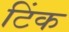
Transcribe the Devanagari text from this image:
टिंक